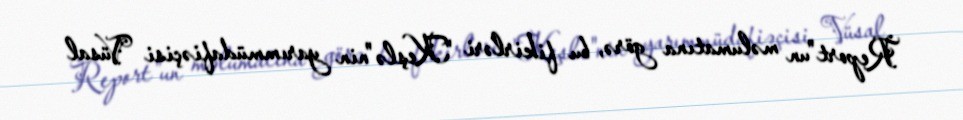
Report"un məlumatına görə, bu fikirləri "Keşlə"nin yarımmüdafiəçisi Vüsal